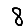
Digit: 8